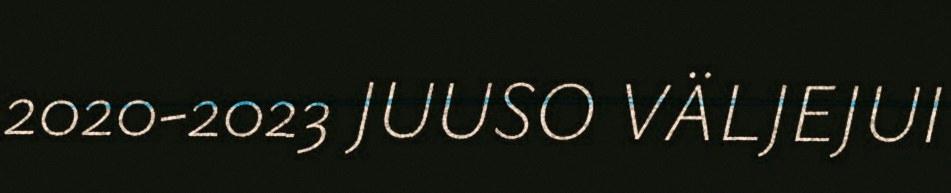
2020-2023 JUUSO VÄLJEJUI